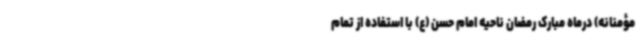
مؤمنانه) درماه مبارک رمضان ناحیه امام حسن (ع) با استفاده از تمام